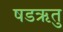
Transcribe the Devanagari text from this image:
षडऋतु